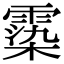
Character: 𩃵